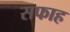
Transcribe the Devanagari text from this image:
सफाह